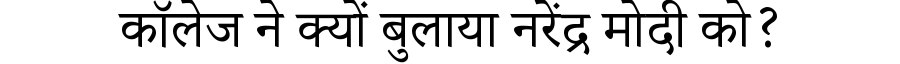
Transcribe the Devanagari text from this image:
कॉलेज ने क्यों बुलाया नरेंद्र मोदी को?